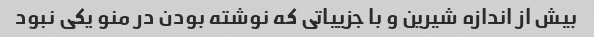
بیش از اندازه شیرین و با جزییاتی که نوشته بودن در منو یکی نبود